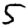
Digit: 5